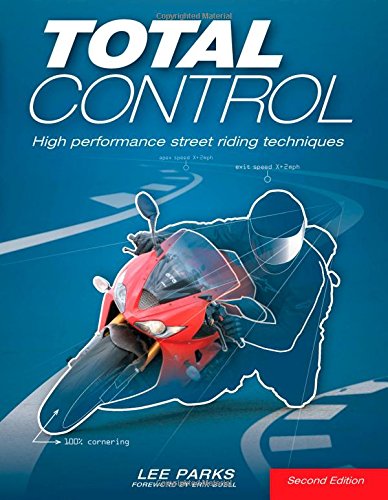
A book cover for Total Control: High Performance Street Riding Techniques, 2nd Edition; Lee Parks; Engineering & Transportation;